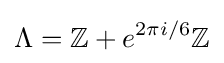
\Lambda =\mathbb {Z} +e^{2\pi i/6}\mathbb {Z}